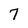
Character: 7